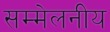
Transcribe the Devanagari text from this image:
सम्मेलनीय